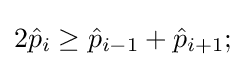
2{\hat {p}}_{i}\geq {\hat {p}}_{i-1}+{\hat {p}}_{i+1};